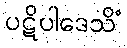
ပဋိပါဒေသိံ